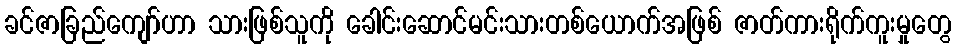
ခင်ဇာခြည်ကျော်ဟာ သားဖြစ်သူကို ခေါင်းဆောင်မင်းသားတစ်ယောက်အဖြစ် ဇာတ်ကားရိုက်ကူးမှုတွေ